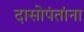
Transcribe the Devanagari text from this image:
दासोपंतांना